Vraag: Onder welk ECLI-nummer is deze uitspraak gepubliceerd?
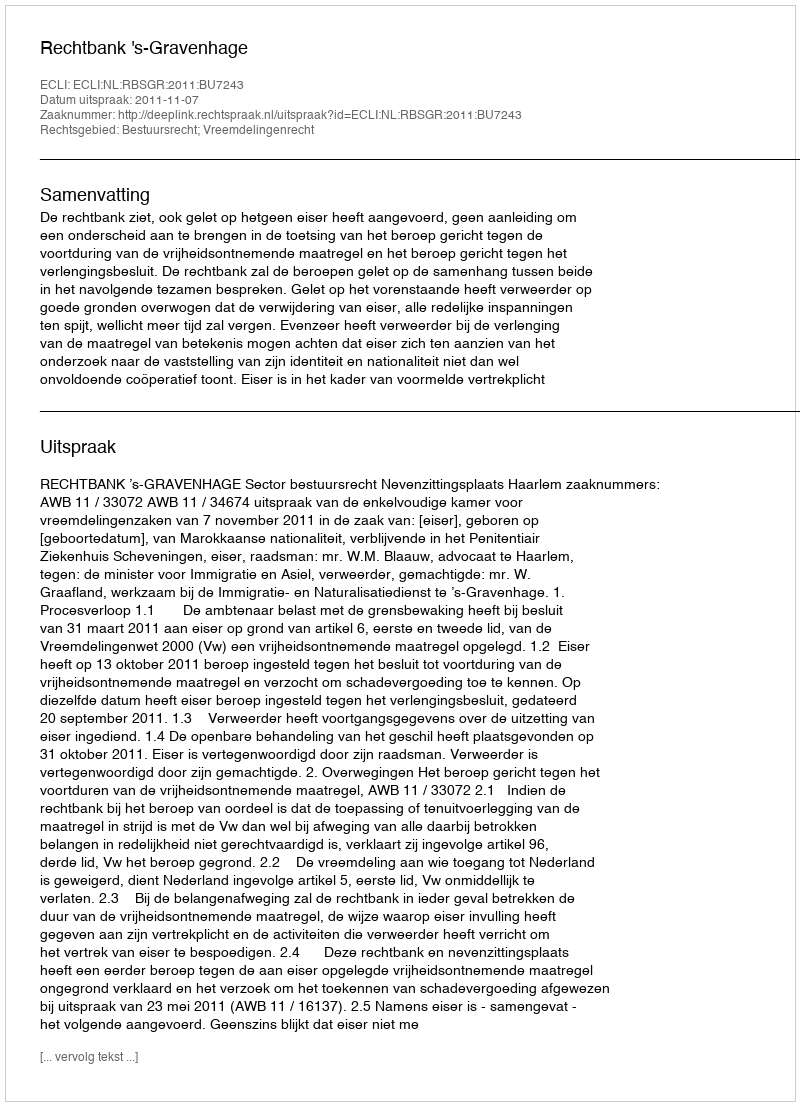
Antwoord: ECLI:NL:RBSGR:2011:BU7243